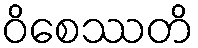
ဝိစေဿတိ